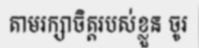
តាមរក្សាចិត្តរបស់ខ្លួន ចូរ